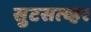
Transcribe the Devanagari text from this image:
सुटसत्व्हर